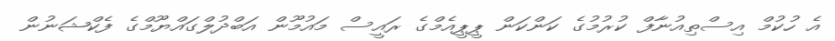
އެ ހުކުމް އިސްތިއުނާފް ކުރުމުގެ ކަންކަން ޕީޕީއެމްގެ ރައީސް މައުމޫން އަބްދުލްގައްޔޫމްގެ ފެކްޝަނުން